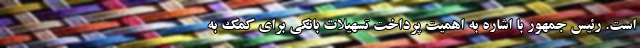
است. رئیس جمهور با اشاره به اهمیت پرداخت تسهیلات بانکی برای کمک به